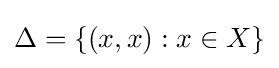
\Delta =\{(x,x):x\in X\}